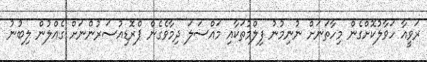
ރަވީއާ ހަވާލުކޮށްގެން މިހާތަނަށް ނުނިމުނު ފިލްމުތަކާއި މައްސަލަ ދިމާވެގެން ޕްރޮޑިއުސަރުންނަށް ގެއްލުން ލިބުނު